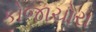
કોજાચોરા